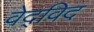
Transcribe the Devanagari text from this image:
वेद्‍विद